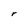
Character: r